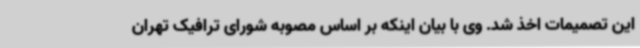
این تصمیمات اخذ شد. وی با بیان اینکه بر اساس مصوبه شورای ترافیک تهران